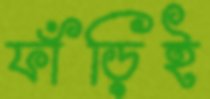
ফাঁড়িই